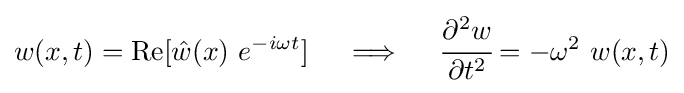
w(x,t)={\text{Re}}[{\hat {w}}(x)~e^{-i\omega t}]\quad \implies \quad {\cfrac {\partial ^{2}w}{\partial t^{2}}}=-\omega ^{2}~w(x,t)